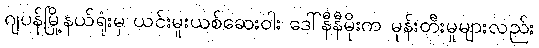
ဂျပန်မြို့နယ်ရုံးမှ ယင်းမူးယစ်ဆေးဝါး ဒေါ်နီနီမိုးက မုန်းတီးမှုများလည်း